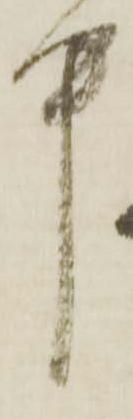
中